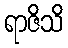
ရာဇိသိ